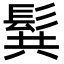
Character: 髸